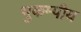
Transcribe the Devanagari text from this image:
भुकम्पीय